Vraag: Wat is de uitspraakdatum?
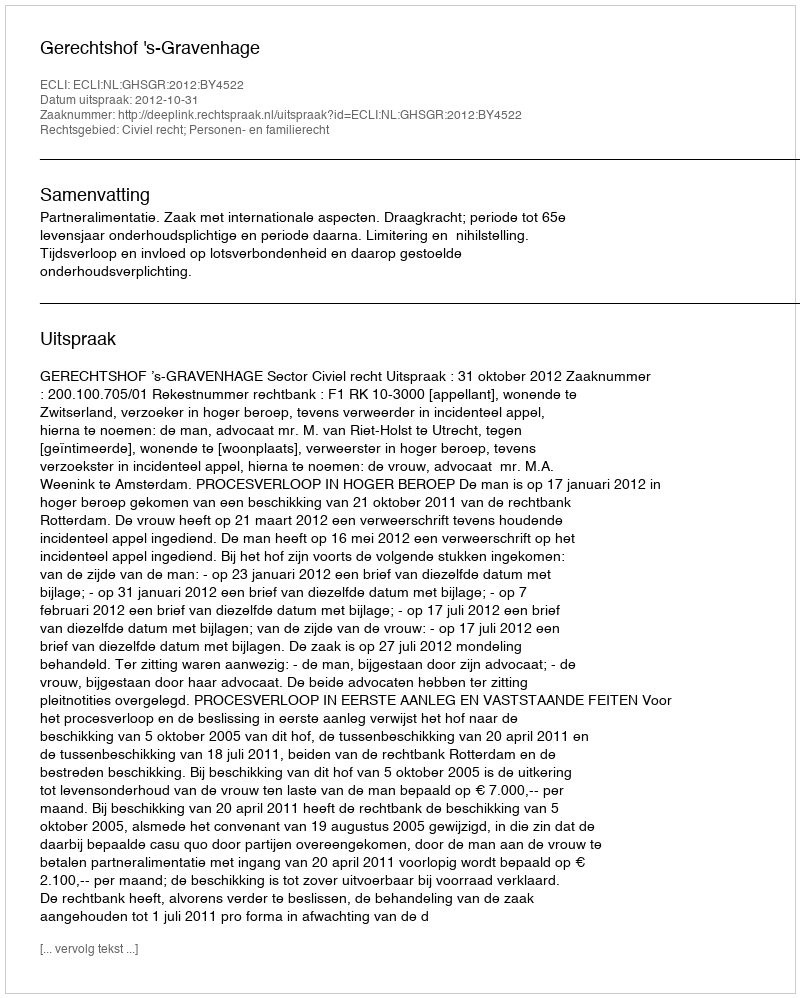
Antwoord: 2012-10-31